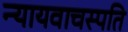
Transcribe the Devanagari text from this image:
न्यायवाचस्पति